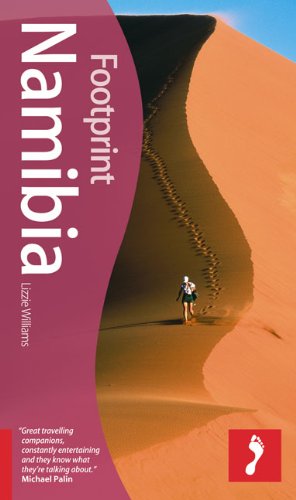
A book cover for Namibia, 4th (Footprint - Travel Guides); Lizzie Williams; Travel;